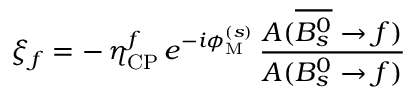
\xi _ { f } = - \, \eta _ { \mathrm { C P } } ^ { f } \, e ^ { - i \phi _ { \mathrm { M } } ^ { ( s ) } } \, \frac { A ( \overline { { { B _ { s } ^ { 0 } } } } \to f ) } { A ( B _ { s } ^ { 0 } \to f ) }